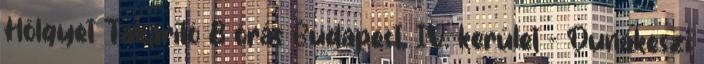
Hölgyet Takarító 8 órás Budapest, IV. kerület - Dunakeszi